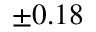
\pm 0 . 1 8